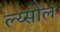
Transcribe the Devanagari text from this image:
ल्य्सोल